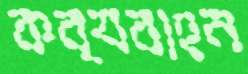
কব্যবাহন